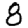
Digit: 8